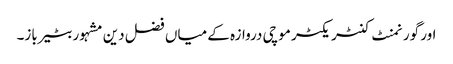
اور گورنمنٹ کنٹریکٹر موچی دروازہ کے میاں فضل دین مشہور بٹیرباز۔